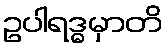
ဥပါရဒ္ဓမှာတိ